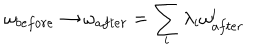
\omega _ { b e f o r e } \rightarrow \omega _ { a f t e r } = \sum _ { i } \lambda _ { i } \omega _ { a f t e r } ^ { i }